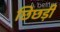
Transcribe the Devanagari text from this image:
छिछड़ी